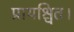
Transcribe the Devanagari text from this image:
प्रायश्चित।